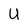
Character: U